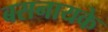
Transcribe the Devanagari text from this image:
बसनायके